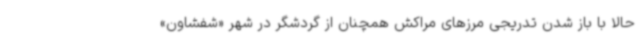
حالا با باز شدن تدریجی مرزهای مراکش همچنان از گردشگر در شهر «شفشاون»